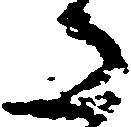
た